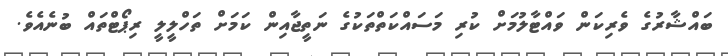
ބައްޝާރުގެ ވެރިކަން ވައްޓާލުމަށް ކުރި މަސައްކަތްތަކުގެ ނަތީޖާއިން ކަމަށް ތަހްލީލީ ރިޕޯޓްތައް ބުނެއެވެ.